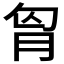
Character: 𮌎